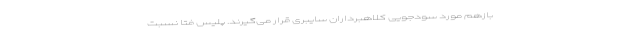
بازهم مورد سودجویی کلاهبرداران سایبری قرار می‌گیرند. پلیس فتا نسبت